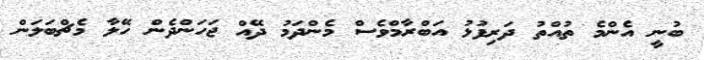
ބުނީ އެންމެ ތުއްތު ދަރިފުޅު އަބްރާމްވެސް މެންދަމު ދޭއް ޖަހަންދެން ހޭލާ މެޗްބަލަން